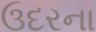
ઉદરના